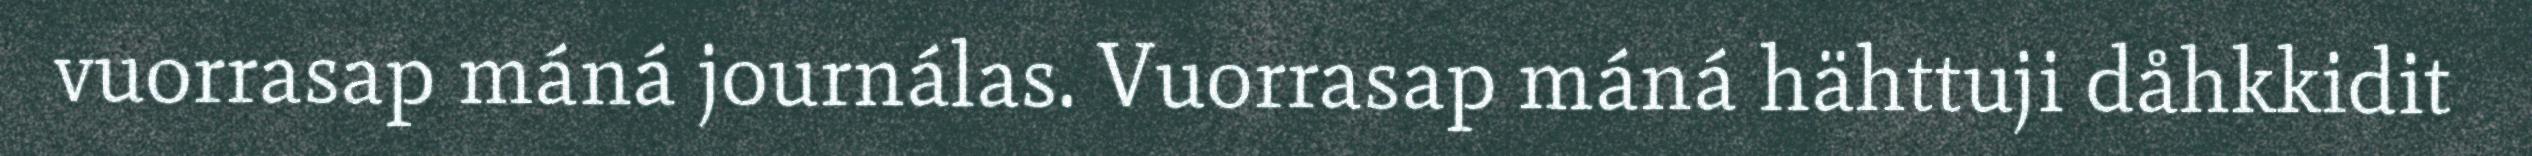
vuorrasap máná journálas. Vuorrasap máná hähttuji dåhkkidit